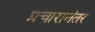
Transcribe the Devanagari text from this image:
प्रचारानंतर